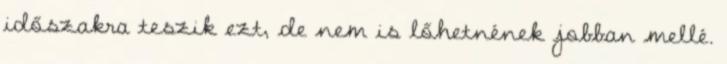
időszakra teszik ezt, de nem is lőhetnének jobban mellé.